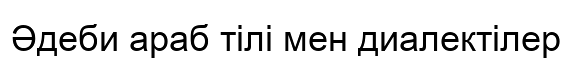
Әдеби араб тілі мен диалектілер